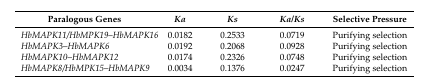
<table><thead><tr><td><b>Paralogous Genes</b></td><td><b><i>Ka</i></b></td><td><b><i>Ks</i></b></td><td><b><i>Ka</i>/<i>Ks</i></b></td><td><b>Selective Pressure</b></td></tr></thead><tbody><tr><td><i>HbMAPK11/HbMPK19</i>–<i>HbMAPK16</i></td><td>0.0182</td><td>0.2533</td><td>0.0719</td><td>Purifying selection</td></tr><tr><td><i>HbMAPK3</i>–<i>HbMAPK6</i></td><td>0.0192</td><td>0.2068</td><td>0.0928</td><td>Purifying selection</td></tr><tr><td><i>HbMAPK10</i>–<i>HbMAPK12</i></td><td>0.0174</td><td>0.2326</td><td>0.0748</td><td>Purifying selection</td></tr><tr><td><i>HbMAPK8/HbMPK15</i>–<i>HbMAPK9</i></td><td>0.0034</td><td>0.1376</td><td>0.0247</td><td>Purifying selection</td></tr></tbody></table>